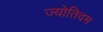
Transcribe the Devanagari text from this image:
ज्योतिदम